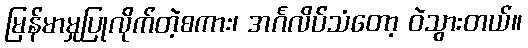
မြန်မာမှုပြုလိုက်တဲ့စကား၊ အင်္ဂလိပ်သံတော့ ဝဲသွားတယ်။